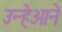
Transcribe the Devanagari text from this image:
उन्हेओने